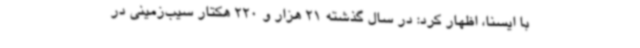
با ایسنا، اظهار کرد: در سال گذشته 21 هزار و 220 هکتار سیب‌زمینی در